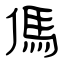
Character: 傌